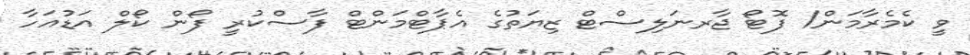
ވީ ކެމެރާމަން/ ފޮޓޯ ޖާރނަލިސްޓް ޒިޔަތުގެ އެޕާޓްމަންޓް ފާސްކުރީ ފޯން ކޯލް އަޑުއަހާ